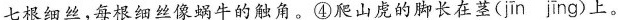
七根细丝，每根细丝像蜗牛的触角。④爬山虎的脚长在\underset{·}{茎}(jīn jīng)上。